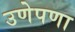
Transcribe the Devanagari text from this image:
उणेपणा